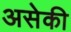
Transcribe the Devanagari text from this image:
असेकी